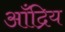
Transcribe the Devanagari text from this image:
आँद्रिय